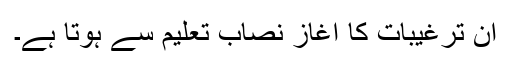
ان ترغیبات کا آغاز نصاب تعلیم سے ہوتا ہے۔